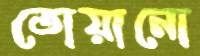
তোয়ানো